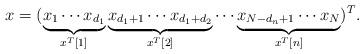
LaTeX: \begin{align*}x=(\underbrace{x_1\cdots x_{d_1}}_{x^{T}[1]}\underbrace{x_{d_1+1}\cdots x_{d_1+d_2}}_{x^{T}[2]}\cdots\underbrace{x_{N-d_n+1}\cdots x_N}_{x^{T}[n]})^T. \end{align*}